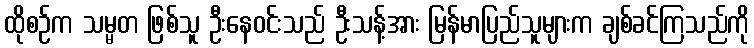
ထိုစဉ်က သမ္မတ ဖြစ်သူ ဦးနေဝင်းသည် ဦးသန့်အား မြန်မာပြည်သူများက ချစ်ခင်ကြသည်ကို